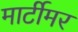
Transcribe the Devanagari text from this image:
मार्टीमर